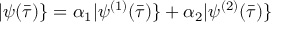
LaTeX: | \psi ( \bar { \tau } ) \} = \alpha _ { 1 } | \psi ^ { ( 1 ) } ( \bar { \tau } ) \} + \alpha _ { 2 } | \psi ^ { ( 2 ) } ( \bar { \tau } ) \}